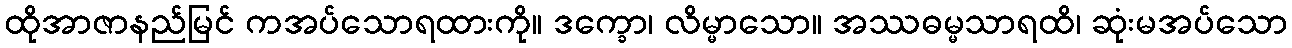
ထိုအာဇာနည်မြင် ကအပ်သောရထားကို။ ဒက္ခော၊ လိမ္မာသော။ အဿဓမ္မသာရထိ၊ ဆုံးမအပ်သော